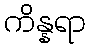
ကိန္နရာ